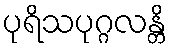
ပုရိသပုဂ္ဂလန္တိ